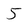
Character: 5